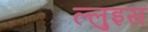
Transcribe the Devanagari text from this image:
ल्लुइस